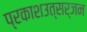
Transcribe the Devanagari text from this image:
प्रकाशउत्सर्जन